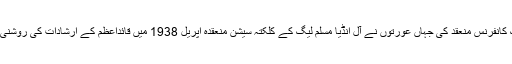
اپریل 1948 میں وزیراعظم لیاقت علی خان کی بیگم رعنا لیاقت نے لاہور میں ایک کانفرنس منعقد کی جہاں عورتوں نے آل انڈیا مسلم لیگ کے کلکتہ سیشن منعقدہ اپریل 1938 میں قائداعظم کے ارشادات کی روشنی میں مطالبہ کیا تھا کہ پاکستان میں عورتوں کو برابر کے حقوق، آزادیاں دی جائیں۔